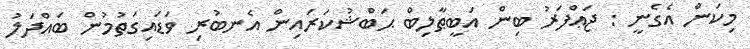
މިކަން އެގެނީ : ޖަޢްފަރު ބިން އަބީޠާލިބް ޙަބްޝުކަރައިން އެނބުރި ވަޑައިގަތުމުން ބައްދަލު